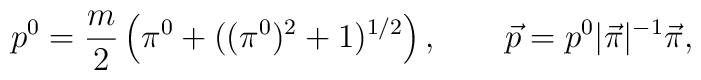
p^0 =  \frac m 2 \left(\pi^0 + ((\pi^0)^2 + 1)^{1/2}\right), \qquad\vec p = p^0 |\vec\pi|^{-1} \vec\pi,